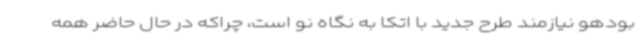
بودهو نیازمند طرح جدید با اتکا به نگاه نو است، چراکه در حال حاضر همه